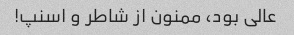
عالى بود، ممنون از شاطر و اسنپ!